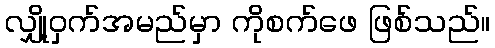
လျှို့ဝှက်အမည်မှာ ကိုစက်ဖေ ဖြစ်သည်။